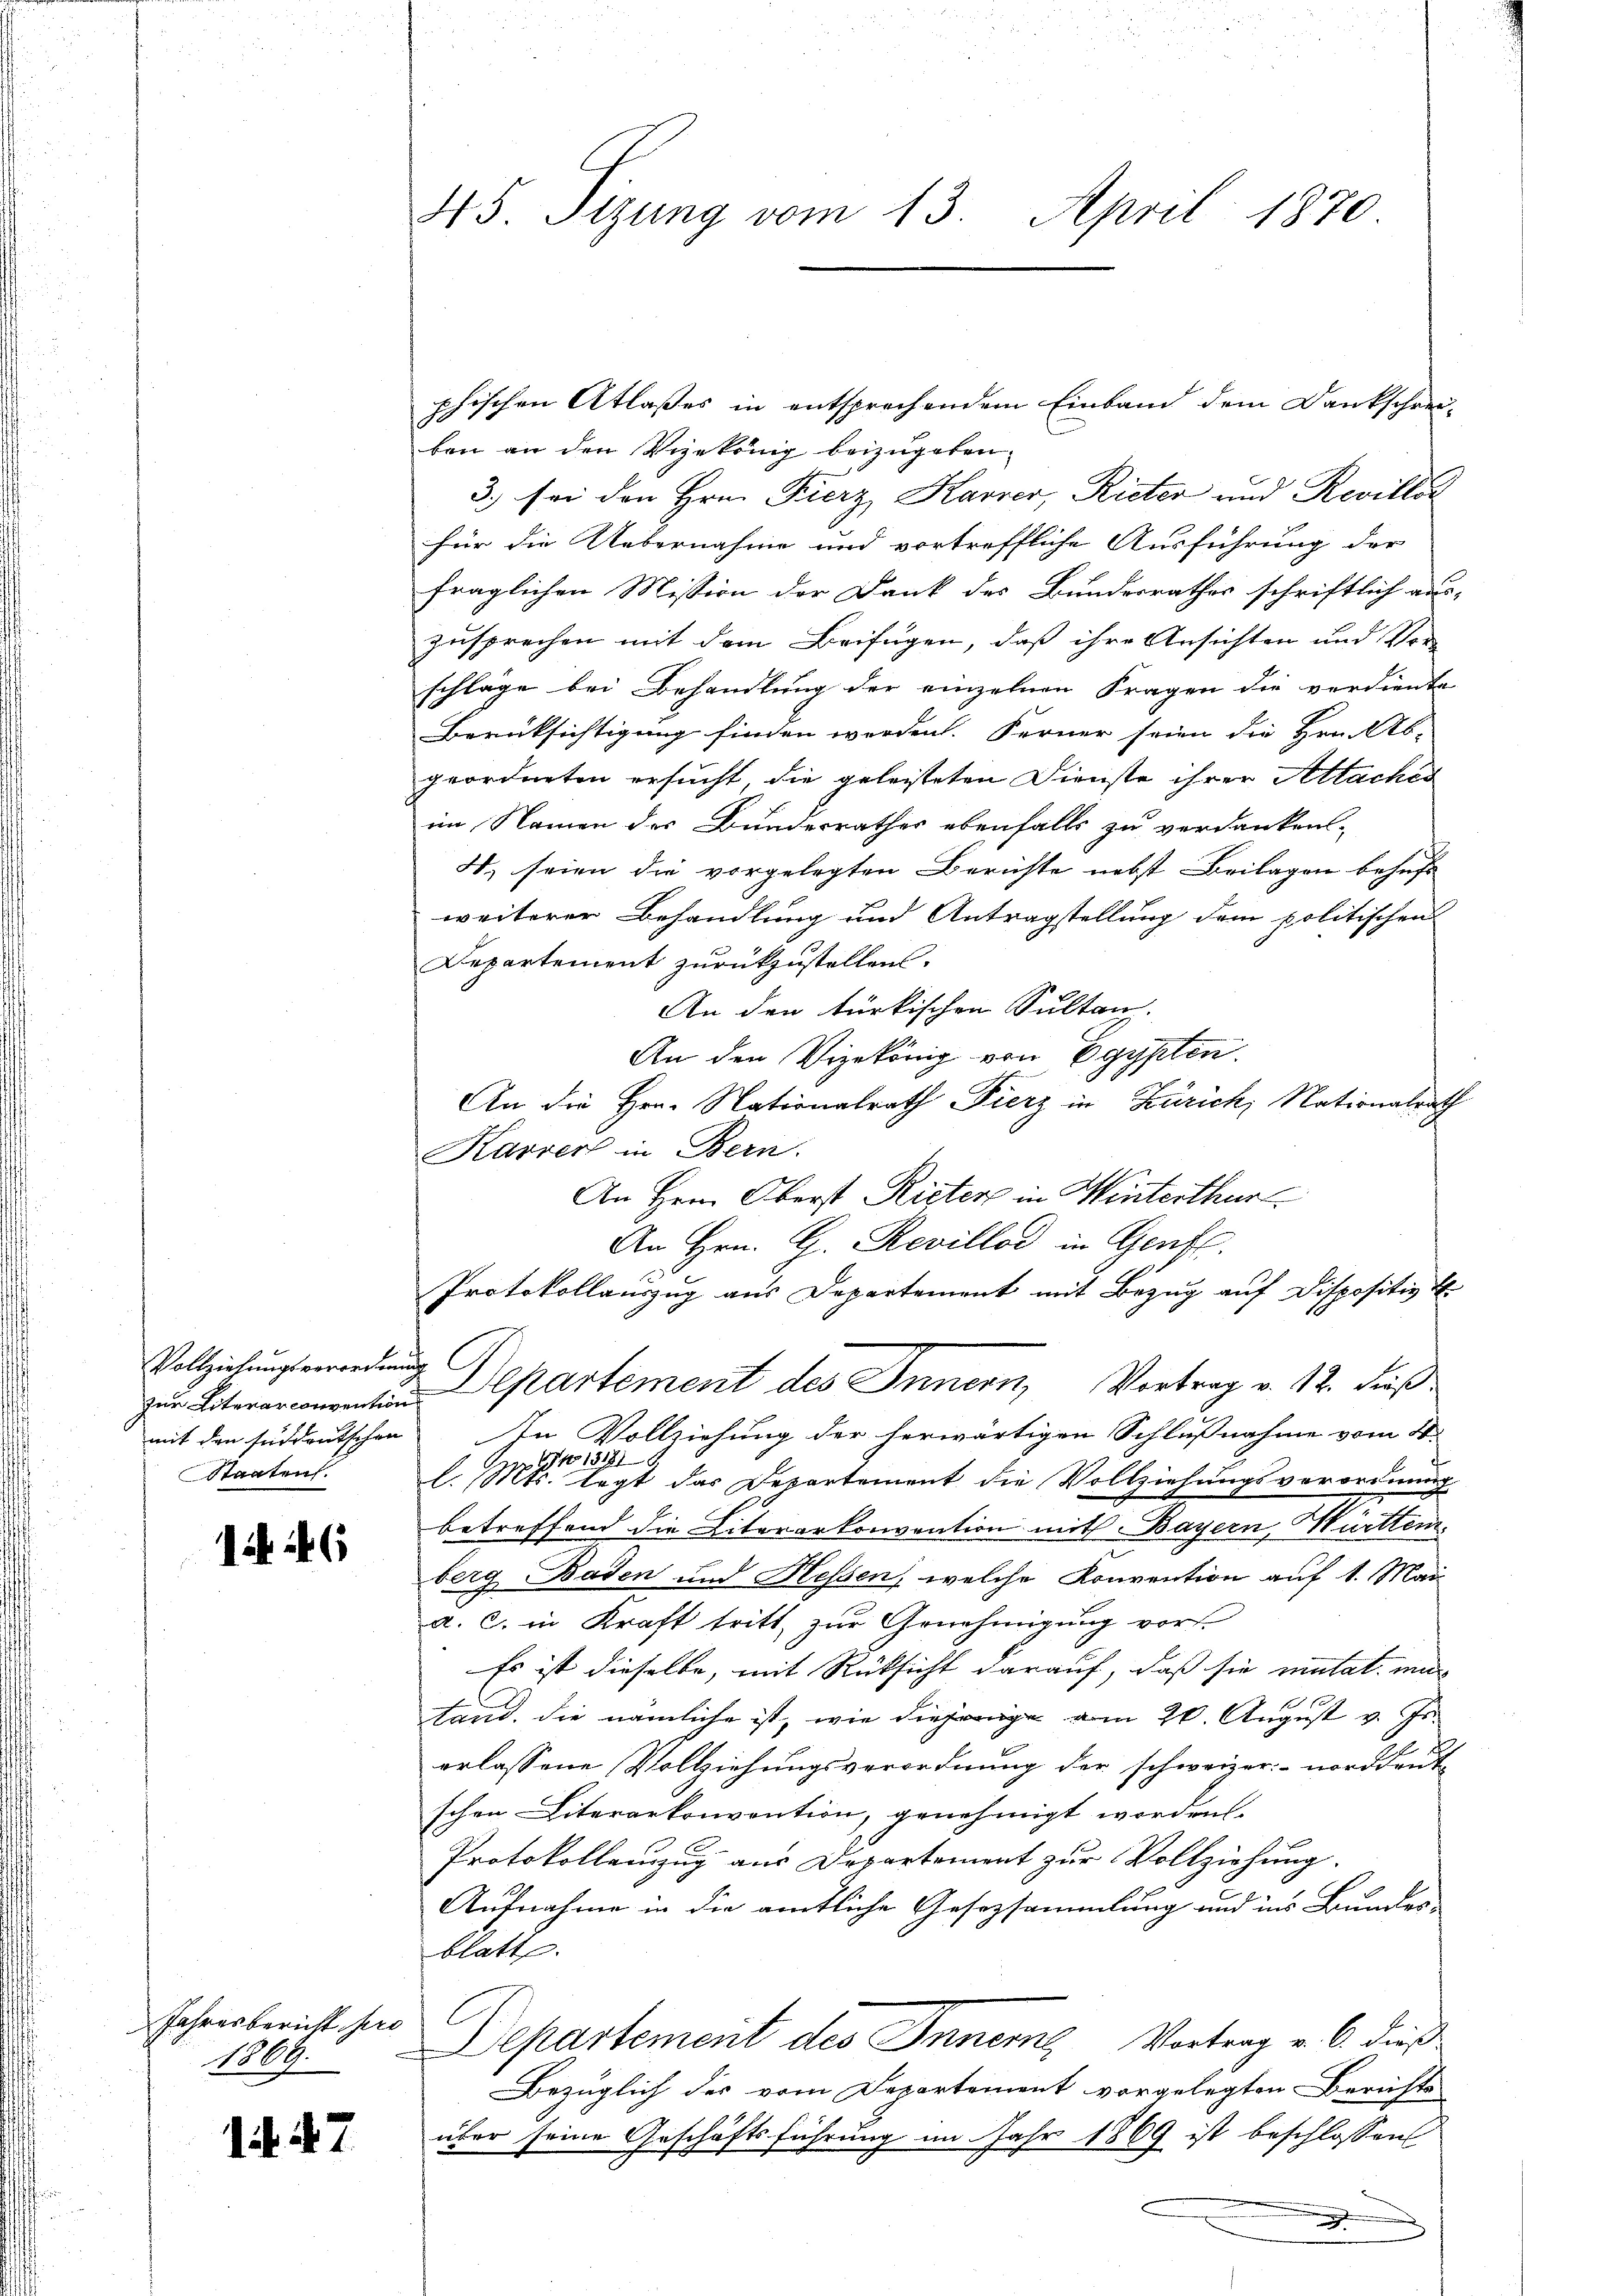
Vollziehungsverordnung
mit den süddeutschen
Staaten.

1446

Jahresbericht pro 1
1869.

1. 47

45. Sizung vom 13. April 1870

phischen Atlaßes in entsprechendem Einband dem Dankschrei-
ben an den Vizekönig beizugeben.
3.) sei den Hrn. Fierz Karrer, Rieter und Revillet
für die Uebernahme und vortreffliche Ausführung der
fraglichen Mission der Dank des Bundesrathes schriftlich aus-
zusprechen mit dem Beifügen, daß ihre Ansichten und Vor
schläge bei Behandlung der einzelnen Fragen die verdiente
Berüksichtigung finden werden. Ferner seien die Hrn. Ab-
geordneten ersucht die geleisteten Dienste ihrer Attachés
im Namen des Bundesrathes ebenfalls zu verdanken-
4. seien die vorgelegten Berichte nebst Beilagen behufs
weiterer Behandlung und Antragstellung dem politischen
Departement zurückzustellen.
An den türkischen Sultan.
An den Vizekönig von Egypten.
An die Hrn. Nationalrath Fierz in Zürich, Nationalrath
Karrer in Bern.
An Herrn Oberst Rieter in Winterthur
An Hrn. H. Revillod in Genf.
Protokollauszug aus Departement mit Bezug auf Dispositiv b
zur Literarconenten Departement des Innern, Vortrag v. 12. dieß
In Vollziehung der herwärtigen Schlußnahme vom 4.
1131816.
s
l. Mts. legt das Departement die Vollziehungsverordnung
betreffend die Litererkonvention mit Bayern, Württem
berg Baden und Hessen, welche Konvention auf 1. Mai
a. c. in Kraft tritt zur Genehmigung vor
Es ist dieselbe, mit Rücksicht darauf, daß sie mutat mir
11
tand, die nämliche ist, wie diejenige am 20. August v. Js.
erlassene Vollziehungsverordnung der schweizer norddeut-
schen Literarkonvention, genehmigt worden.
Protokollanzug aus Departement zur Vollziehung.
Aufnahme in die amtliche Gesetzsammlung und ins Bundes-
blatt.
Separtement des Innere Vortrag v. 6. dieß¬
Bezüglich der vom Departement vorgelegten Berichte
über seine Geschäftsführung im Jahr 1869 ist beschlossen
.